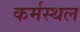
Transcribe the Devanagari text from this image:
कर्मस्थल